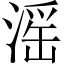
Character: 滛